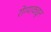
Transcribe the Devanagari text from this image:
रोग्याकडून